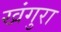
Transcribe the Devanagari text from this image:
खंगुरा